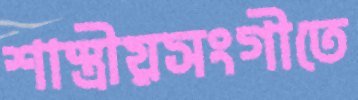
শাস্ত্রীয়সংগীতে